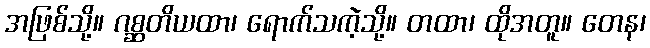
အဖြစ်သို့။ ဂစ္ဆတိယထာ၊ ရောက်သကဲ့သို့။ တထာ၊ ထိုအတူ။ တေန၊